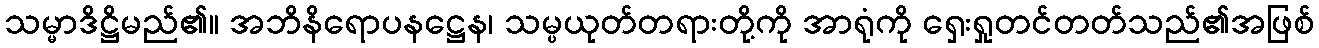
သမ္မာဒိဋ္ဌိမည်၏။ အဘိနိရောပနဋ္ဌေန၊ သမ္ပယုတ်တရားတို့ကို အာရုံကို ရှေးရှုတင်တတ်သည်၏အဖြစ်